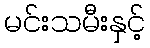
မင်းသမီးနှင့်